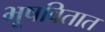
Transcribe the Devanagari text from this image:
भूषवितात